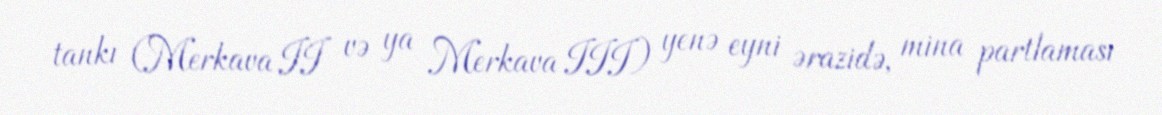
tankı (Merkava II və ya Merkava III) yenə eyni ərazidə, mina partlaması